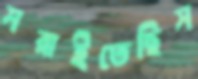
সরাইতেছিস